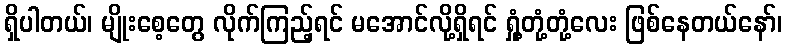
ရှိပါတယ်၊ မျိုးစေ့တွေ လိုက်ကြည့်ရင် မအောင်လို့ရှိရင် ရှုံ့တုံ့တုံ့လေး ဖြစ်နေတယ်နော်၊